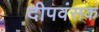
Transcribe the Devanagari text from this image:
दीपवंसक